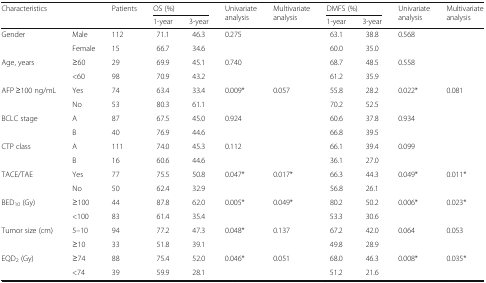
<table><thead><tr><td rowspan="2" colspan="2"><b>Characteristics</b></td><td rowspan="2"><b>Patients</b></td><td colspan="2"><b>OS (%)</b></td><td rowspan="2"><b>Univariate analysis</b></td><td rowspan="2"><b>Multivariate analysis</b></td><td colspan="2"><b>DMFS (%)</b></td><td rowspan="2"><b>Univariate analysis</b></td><td rowspan="2"><b>Multivariate analysis</b></td></tr><tr><td><b>1-year</b></td><td><b>3-year</b></td><td><b>1-year</b></td><td><b>3-year</b></td></tr></thead><tbody><tr><td rowspan="2">Gender</td><td>Male</td><td>112</td><td>71.1</td><td>46.3</td><td>0.275</td><td></td><td>63.1</td><td>38.8</td><td>0.568</td><td></td></tr><tr><td>Female</td><td>15</td><td>66.7</td><td>34.6</td><td></td><td></td><td>60.0</td><td>35.0</td><td></td><td></td></tr><tr><td rowspan="2">Age, years</td><td>≥60</td><td>29</td><td>69.9</td><td>45.1</td><td>0.740</td><td></td><td>68.7</td><td>48.5</td><td>0.558</td><td></td></tr><tr><td>&lt;60</td><td>98</td><td>70.9</td><td>43.2</td><td></td><td></td><td>61.2</td><td>35.9</td><td></td><td></td></tr><tr><td rowspan="2">AFP ≥100 ng/mL</td><td>Yes</td><td>74</td><td>63.4</td><td>33.4</td><td>0.009*</td><td>0.057</td><td>55.8</td><td>28.2</td><td>0.022*</td><td>0.081</td></tr><tr><td>No</td><td>53</td><td>80.3</td><td>61.1</td><td></td><td></td><td>70.2</td><td>52.5</td><td></td><td></td></tr><tr><td rowspan="2">BCLC stage</td><td>A</td><td>87</td><td>67.5</td><td>45.0</td><td>0.924</td><td></td><td>60.6</td><td>37.8</td><td>0.934</td><td></td></tr><tr><td>B</td><td>40</td><td>76.9</td><td>44.6</td><td></td><td></td><td>66.8</td><td>39.5</td><td></td><td></td></tr><tr><td rowspan="2">CTP class</td><td>A</td><td>111</td><td>74.0</td><td>45.3</td><td>0.112</td><td></td><td>66.1</td><td>39.4</td><td>0.099</td><td></td></tr><tr><td>B</td><td>16</td><td>60.6</td><td>44.6</td><td></td><td></td><td>36.1</td><td>27.0</td><td></td><td></td></tr><tr><td rowspan="2">TACE/TAE</td><td>Yes</td><td>77</td><td>75.5</td><td>50.8</td><td>0.047*</td><td>0.017*</td><td>66.3</td><td>44.3</td><td>0.049*</td><td>0.011*</td></tr><tr><td>No</td><td>50</td><td>62.4</td><td>32.9</td><td></td><td></td><td>56.8</td><td>26.1</td><td></td><td></td></tr><tr><td rowspan="2">BED<sub>10</sub> (Gy)</td><td>≥100</td><td>44</td><td>87.8</td><td>62.0</td><td>0.005*</td><td>0.049*</td><td>80.2</td><td>50.2</td><td>0.006*</td><td>0.023*</td></tr><tr><td>&lt;100</td><td>83</td><td>61.4</td><td>35.4</td><td></td><td></td><td>53.3</td><td>30.6</td><td></td><td></td></tr><tr><td rowspan="2">Tumor size (cm)</td><td>5–10</td><td>94</td><td>77.2</td><td>47.3</td><td>0.048*</td><td>0.137</td><td>67.2</td><td>42.0</td><td>0.064</td><td>0.053</td></tr><tr><td>≥10</td><td>33</td><td>51.8</td><td>39.1</td><td></td><td></td><td>49.8</td><td>28.9</td><td></td><td></td></tr><tr><td rowspan="2">EQD<sub>2</sub> (Gy)</td><td>≥74</td><td>88</td><td>75.4</td><td>52.0</td><td>0.046*</td><td>0.051</td><td>68.0</td><td>46.3</td><td>0.008*</td><td>0.035*</td></tr><tr><td>&lt;74</td><td>39</td><td>59.9</td><td>28.1</td><td></td><td></td><td>51.2</td><td>21.6</td><td></td><td></td></tr></tbody></table>